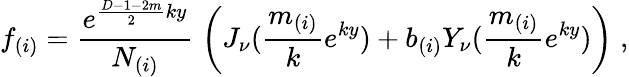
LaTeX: f_{(i)}=\frac{e^{\frac{D-1-2m}{2}ky}}{N_{(i)}}\; \left(J_{\nu}(\frac{m_{(i)}}{k}e^{ky})+b_{(i)}Y_{\nu}(\frac{m_{(i)}}{k}e^{ky})\right)\; ,